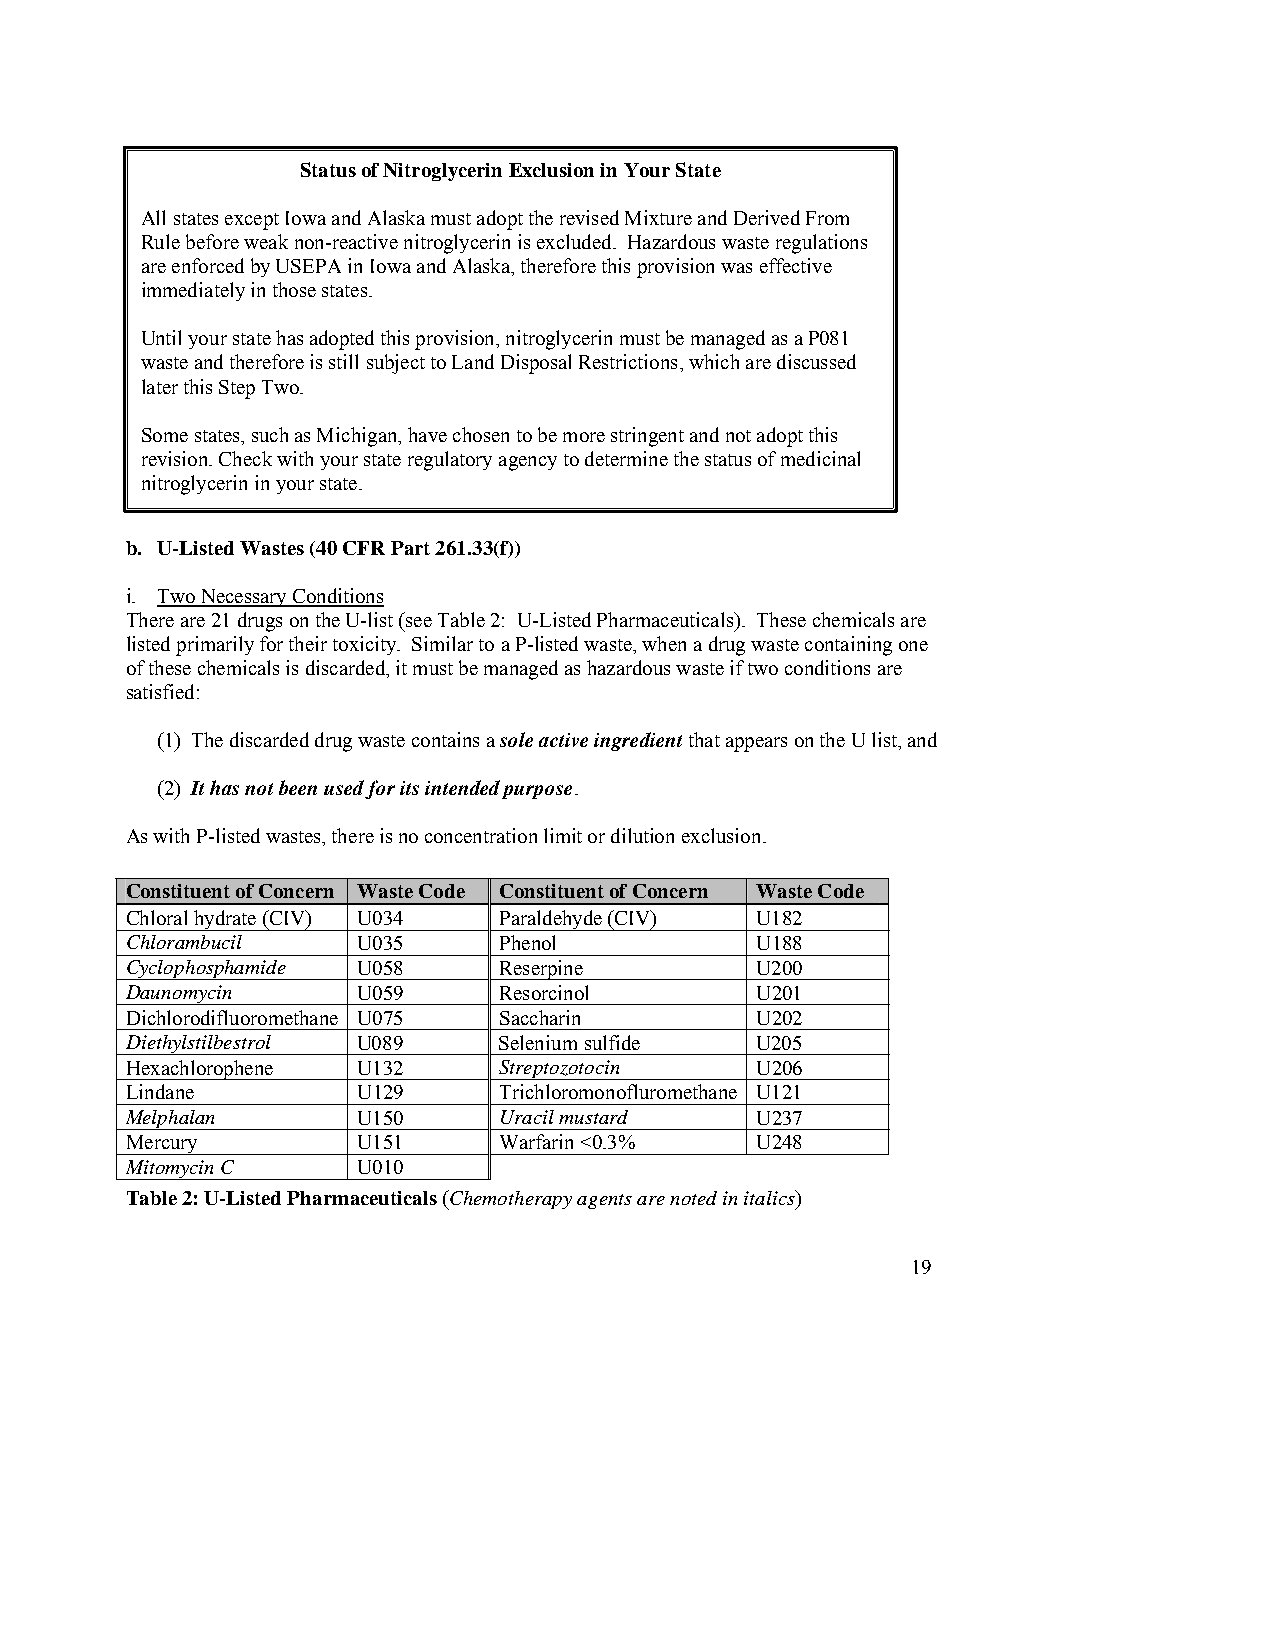
Status of Nitroglycerin Exclusion in Your State
 All states except Iowa and Alaska must adopt the revised Mixture and Derived From
 Rule before weak non-reactive nitroglycerin is excluded. Hazardous waste regulations
 are enforced by USEPA in Iowa and Alaska, therefore this provision was effective
 immediately in those states.
 Until your state has adopted this provision, nitroglycerin must be managed as a P081
 waste and therefore is still subject to Land Disposal Restrictions, which are discussed
 later this Step Two.
 Some states, such as Michigan, have chosen to be more stringent and not adopt this
 revision. Check with your state regulatory agency to determine the status of medicinal
 nitroglycerin in your state.
 b. U-Listed Wastes (40 CFR Part 261.33(f))
 i. Two Necessary Conditions
 There are 21 drugs on the U-list (see Table 2: U-Listed Pharmaceuticals). These chemicals are
 listed primarily for their toxicity. Similar to a P-listed waste, when a drug waste containing one
 of these chemicals is discarded, it must be managed as hazardous waste if two conditions are
 satisfied:
 (1) The discarded drug waste contains a sole active ingredient that appears on the U list, and
 (2) It has not been used for its intended purpose.
 As with P-listed wastes, there is no concentration limit or dilution exclusion.
 Constituent of Concern Waste Code Constituent of Concern Waste Code
 Chloral hydrate (CIV) U034 Paraldehyde (CIV) U182
 Chlorambucil    U035     Phenol           U188
 Cyclophosphamide U058    Reserpine        U200
 Daunomycin      U059     Resorcinol       U201
 Dichlorodifluoromethane U075 Saccharin    U202
 Diethylstilbestrol U089  Selenium sulfide U205
 Hexachlorophene U132     Streptozotocin   U206
 Lindane         U129     Trichloromonofluromethane U121
 Melphalan       U150     Uracil mustard   U237
 Mercury         U151     Warfarin <0.3%   U248
 Mitomycin C     U010
 Table 2: U-Listed Pharmaceuticals (Chemotherapy agents are noted in italics)
 19